Plague in India, 1896, 1897 - Volume 2
Year: 1896
Disease focus: Plague
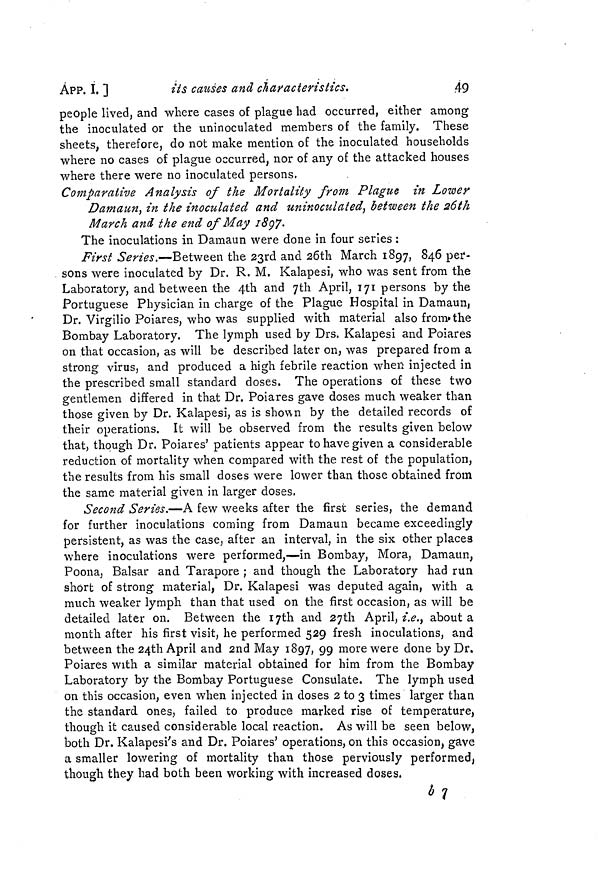
ÁPP. I. ]
its causes and characteristics.
49
people lived, and where cases of plague had occurred, either among
the inoculated or the uninoculated members of the family. These
sheets, therefore, do not make mention of the inoculated households
where no cases of plague occurred, nor of any of the attacked houses
where there were no inoculated persons,
Comparative Analysis of the Mortality from Plague in Lower
Damaun, in the inoculated and uninoculated, between the 26th
March and the end of May 1897.
The inoculations in Damaun were done in four series :
First Series.—Between the 23rd and 26th March 1897, 846 per-
sons were inoculated by Dr. R. M. Kalapesi, who was sent from the
Laboratory, and between the 4th and 7th April, 171 persons by the
Portuguese Physician in charge of the Plague Hospital in Damaun,
Dr. Virgilio Poiares, who was supplied with material also from the
Bombay Laboratory. The lymph used by Drs. Kalapesi and Poiares
on that occasion, as will be described later on, was prepared from a
strong virus, and produced a high febrile reaction when injected in
the prescribed small standard doses. The operations of these two
gentlemen differed in that Dr. Poiares gave doses much weaker than
those given by Dr. Kalapesi, as is shown by the detailed records of
their operations. It will be observed from the results given below
that, though Dr. Poiares' patients appear to have given a considerable
reduction of mortality when compared with the rest of the population,
the results from his small doses were lower than those obtained from
the same material given in larger doses.
Second Series.—A few weeks after the first series, the demand
for further inoculations coming from Damaun became exceedingly
persistent, as was the case, after an interval, in the six other places
where inoculations were performed,—in Bombay, Mora, Damaun,
Poona, Balsar and Tarapore ; and though the Laboratory had run
short of strong material, Dr. Kalapesi was deputed again, with a
much weaker lymph than that used on the first occasion, as will be
detailed later on. Between the 17th and 27th April, i.e., about a
month after his first visit, he performed 529 fresh inoculations, and
between the 24th April and 2nd May 1897, 99 more were done by Dr.
Poiares with a similar material obtained for him from the Bombay
Laboratory by the Bombay Portuguese Consulate. The lymph used
on this occasion, even when injected in doses 2 to 3 times larger than
the standard ones, failed to produce marked rise of temperature,
though it caused considerable local reaction. As will be seen below,
both Dr. Kalapesi's and Dr. Poiares' operations, on this occasion, gave
a smaller lowering of mortality than those perviously performed,
though they had both been working with increased doses,
67